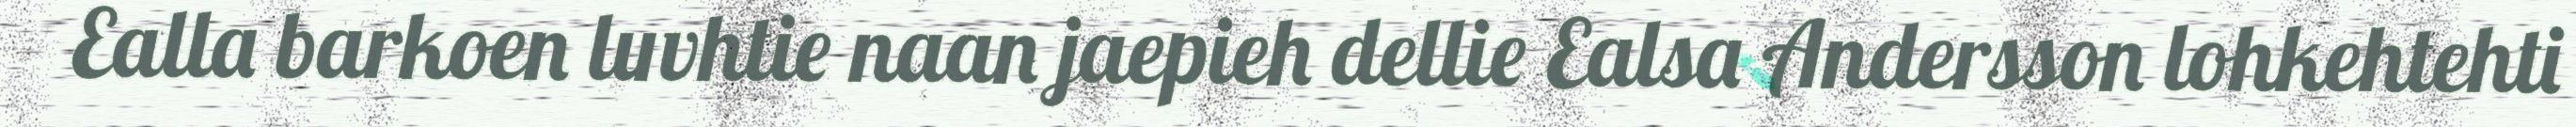
Ealla barkoen luvhtie naan jaepieh dellie Ealsa Andersson lohkehtehti